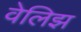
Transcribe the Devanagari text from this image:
वेलिझ